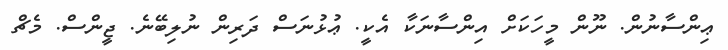
ޢިންސާނުން. ނޫން މީހަކަށް އިންސާނަކާ އެކީ. ޢުޅުނަސް ދަރިން ނުލިބޭނެ. ޖީންސް. މެޗް